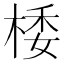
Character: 㮃